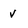
Character: v